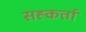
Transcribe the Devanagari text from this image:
सह्कर्ता